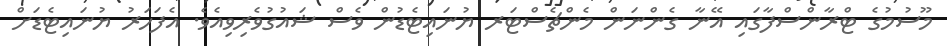
މޫސުމުގެ ޓްރާންސްފާގައި އޭނާ ގެންނަން މެންޗެސްޓަރ ޔުނައިޓެޑުން ވެސް ޝައުގުވެރިވިއެވެ. އެފަހަރު ޔުނައިޓެޑަށް